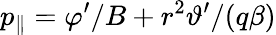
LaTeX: p_{\| }=\varphi^{\prime}/B+r^{2}\vartheta^{\prime}/(q\beta)